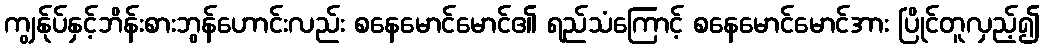
ကျွန်ုပ်နှင့်ဘိန်းစားဘွန်ဟောင်းလည်း စနေမောင်မောင်၏ ရည်သံကြောင့် စနေမောင်မောင်အား ပြိုင်တူလှည့်၍